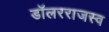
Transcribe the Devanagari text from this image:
डॉलरराजस्व